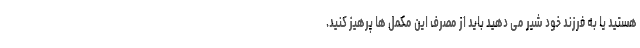
هستید یا به فرزند خود شیر می دهید باید از مصرف این مکمل ها پرهیز کنید.